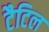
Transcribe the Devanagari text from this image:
टैटिल